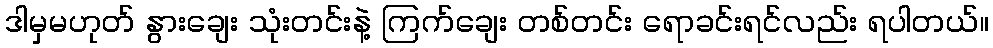
ဒါမှမဟုတ် နွားချေး သုံးတင်းနဲ့ ကြက်ချေး တစ်တင်း ရောခင်းရင်လည်း ရပါတယ်။